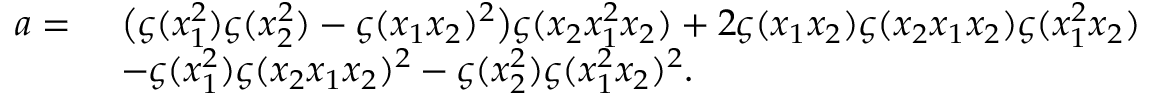
\begin{array} { r l } { a = \ } & { \big ( \varsigma ( x _ { 1 } ^ { 2 } ) \varsigma ( x _ { 2 } ^ { 2 } ) - \varsigma ( x _ { 1 } x _ { 2 } ) ^ { 2 } \big ) \varsigma ( x _ { 2 } x _ { 1 } ^ { 2 } x _ { 2 } ) + 2 \varsigma ( x _ { 1 } x _ { 2 } ) \varsigma ( x _ { 2 } x _ { 1 } x _ { 2 } ) \varsigma ( x _ { 1 } ^ { 2 } x _ { 2 } ) } \\ & { - \varsigma ( x _ { 1 } ^ { 2 } ) \varsigma ( x _ { 2 } x _ { 1 } x _ { 2 } ) ^ { 2 } - \varsigma ( x _ { 2 } ^ { 2 } ) \varsigma ( x _ { 1 } ^ { 2 } x _ { 2 } ) ^ { 2 } . } \end{array}